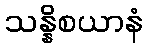
သန္နိစယာနံ